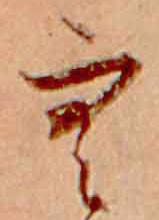
空